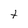
Character: t